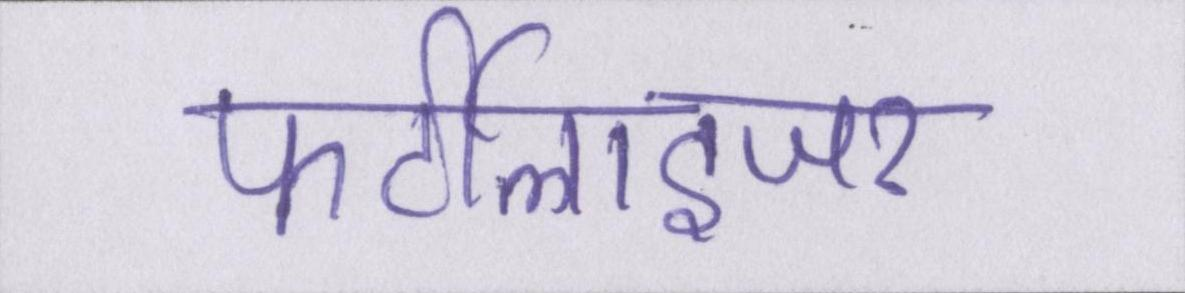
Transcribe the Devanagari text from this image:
फर्टीलाइजर